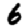
Digit: 6